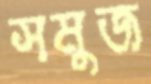
সমুজ